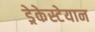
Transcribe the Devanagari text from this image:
ड्रेकेस्टेयान